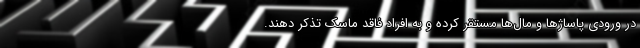
در ورودی پاساژها و مال‌ها مستقر کرده و به افراد فاقد ماسک تذکر دهند.